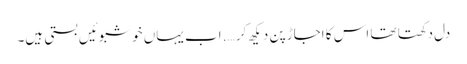
دل دکھتا تھا اس کا اجاڑ پن دیکھ کر …. اب یہاں خوشبوئیں بستی ہیں۔